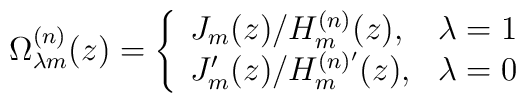
\Omega _{\lambda m}^{(n)}(z)=\left\{ \begin{array}{ll}J_m(z)/H^{(n)}_m(z), & \lambda =1 \\J'_m(z)/H^{(n)'}_m(z), & \lambda =0 \end{array} \right.